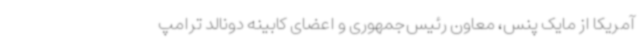
آمریکا از مایک پنس، معاون رئیس‌جمهوری و اعضای کابینه دونالد ترامپ